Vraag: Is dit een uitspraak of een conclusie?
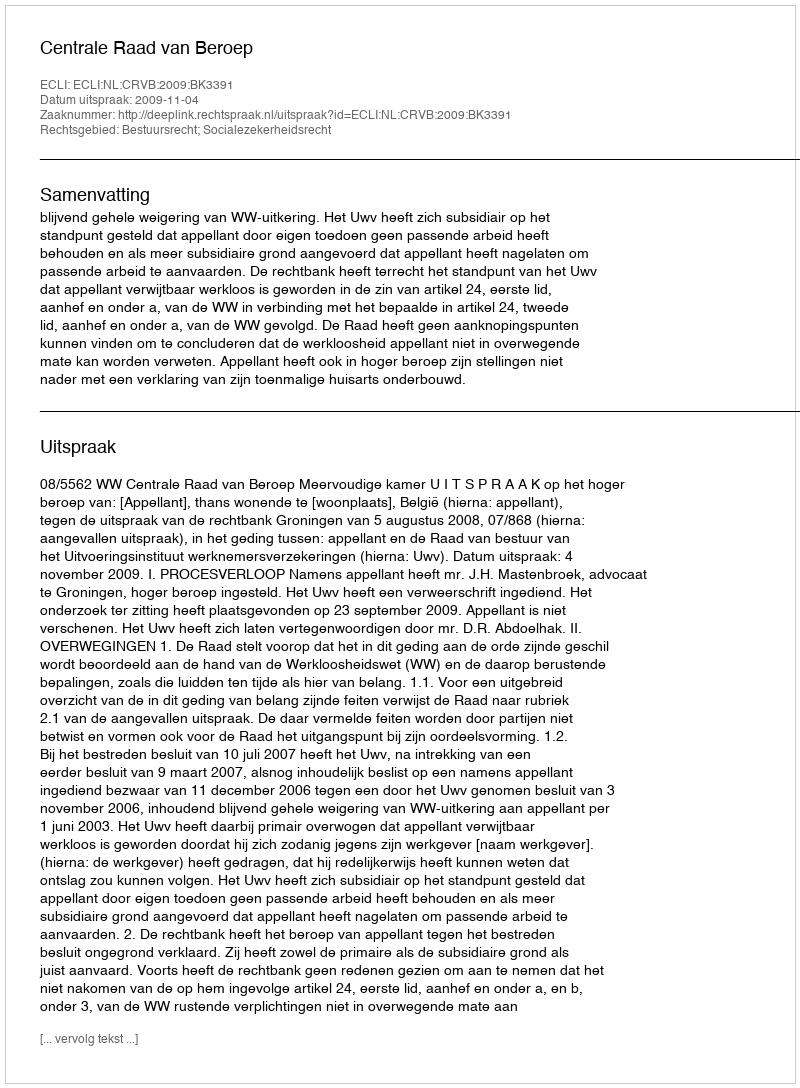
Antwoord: Uitspraak